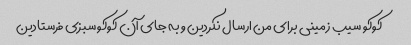
کوکو سیب زمینی برای من ارسال نکردین و به جای آن کوکو سبزی فرستادین